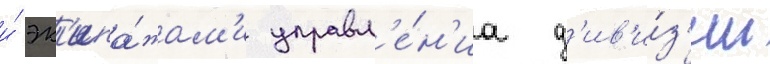
и́ эк'ипа́жам'и управл'е́н'иа д'ив'и́з'ии